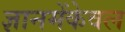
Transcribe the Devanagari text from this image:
ज्ञानमेंकेवल